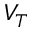
V _ { T }